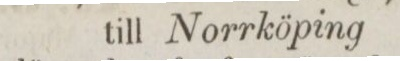
till Norrköping